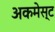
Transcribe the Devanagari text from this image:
अकमेस्ट